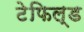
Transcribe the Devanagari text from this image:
टेफिल्ड